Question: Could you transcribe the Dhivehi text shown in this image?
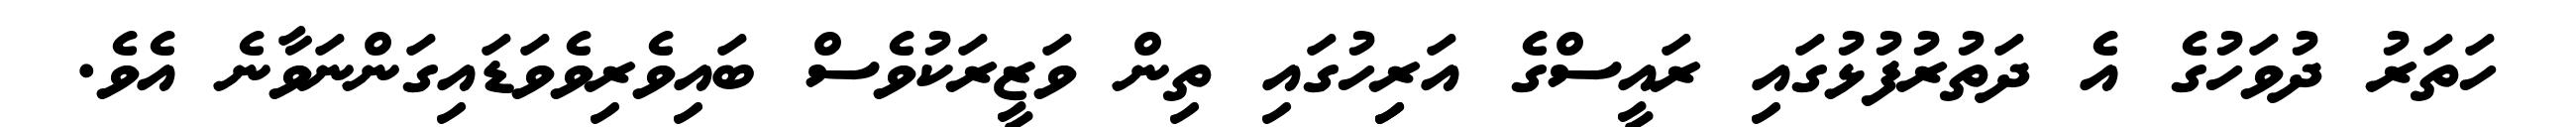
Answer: ހަތަރު ދުވަހުގެ އެ ދަތުރުފުޅުގައި ރައީސްގެ އަރިިހުގައި ތިން ވަޒީރަކުވެސް ބައިވެރިވެވަޑައިގަންނަވާނެ އެވެ.